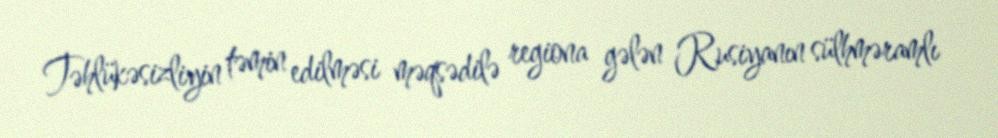
Təhlükəsizliyin təmin edilməsi məqsədilə regiona gələn Rusiyanın sülhməramlı